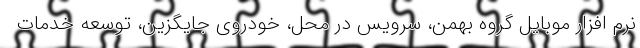
نرم افزار موبایل گروه بهمن، سرویس در محل، خودروی جایگزین، توسعه خدمات